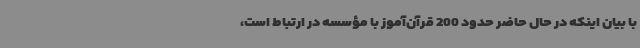
با بیان اینکه در حال حاضر حدود 200 قرآن‌آموز با مؤسسه در ارتباط است،